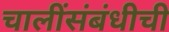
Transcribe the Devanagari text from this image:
चालींसंबंधीची